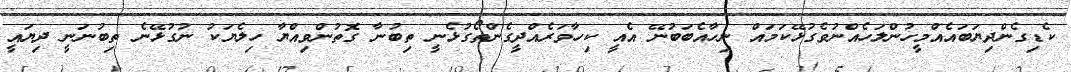
ކެޑިގެންދިޔަބައެއްމީހުންލަހެއްނުވެގުޅޭކަމައް ނިހާއެބަބުނޭ އެއީ ކިހާވަރެއްދީގެންތޯގުޅެނީ ތިބުނާ ގޮތުންވިއްޔާ ހިލެޔަކު ނުގުޅޭނެ ތިބުނަނީ ދިޔައީ